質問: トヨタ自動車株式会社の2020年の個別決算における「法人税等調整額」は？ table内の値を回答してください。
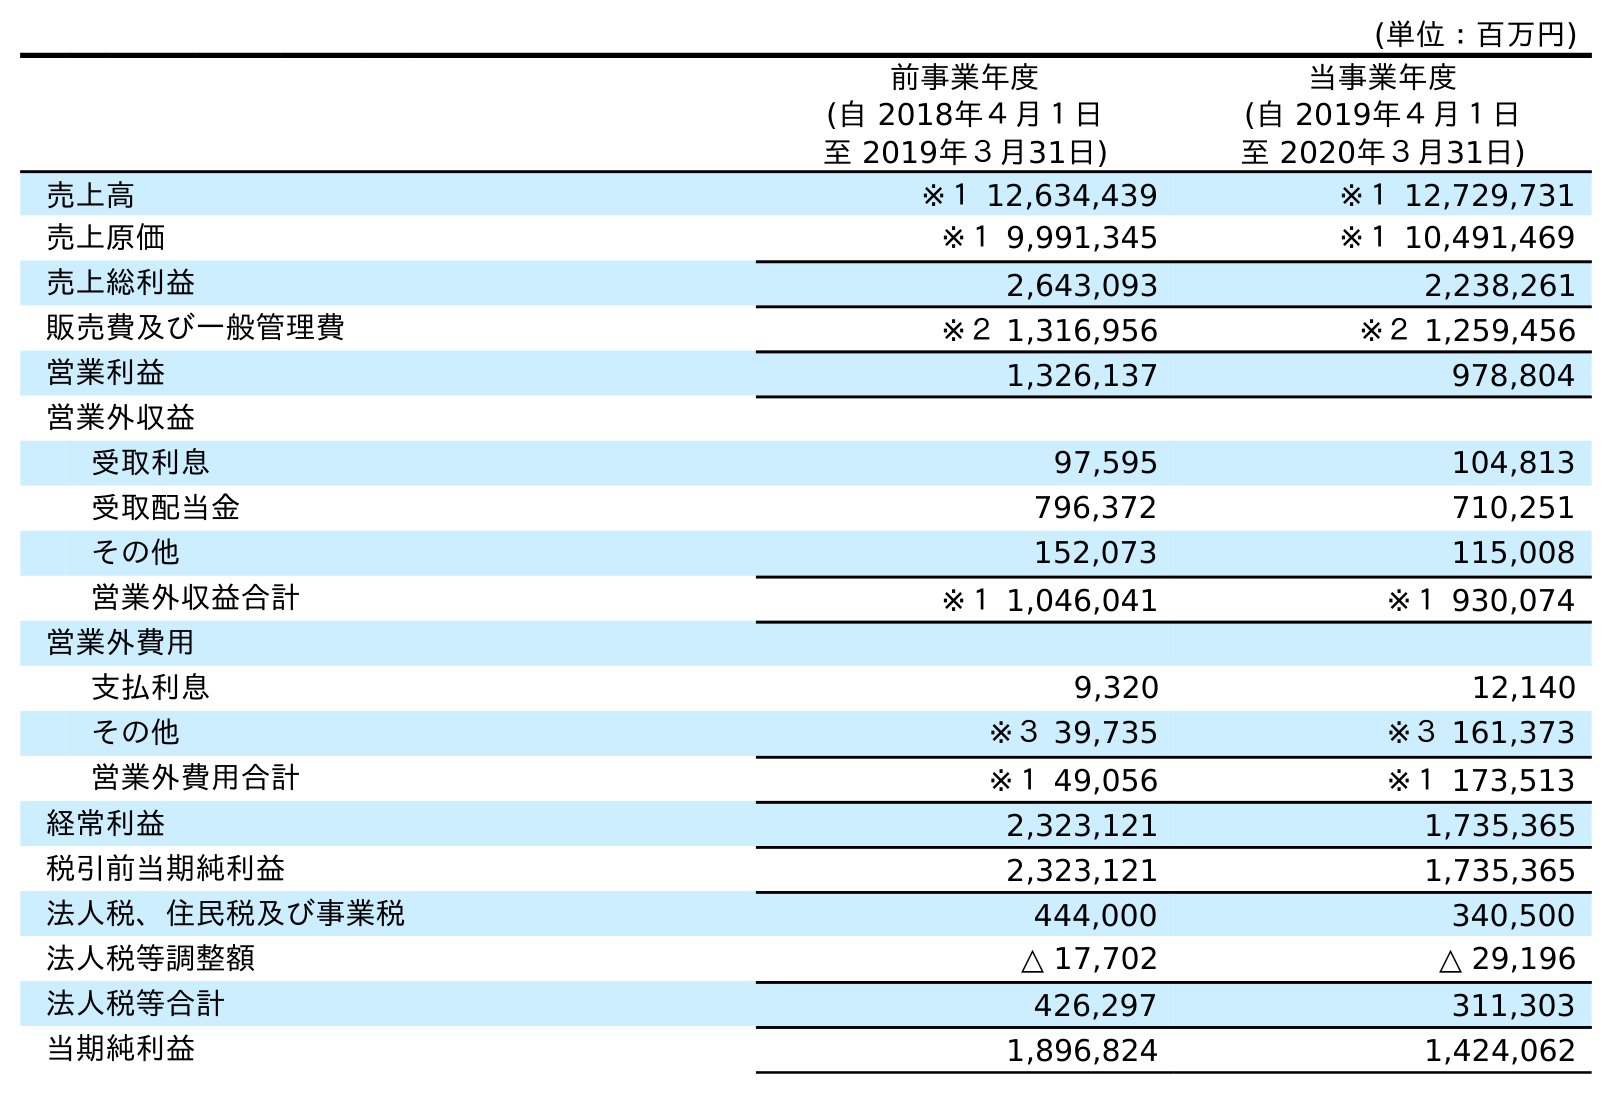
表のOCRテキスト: (単位：百万円) 前事業年度 (自 2018年４月１日 至 2019年３月31日) 当事業年度 (自 2019年４月１日 至 2020年３月31日) 売上高 ※１ 12,634,439 ※１ 12,729,731 売上原価 ※１ 9,991,345 ※１ 10,491,469 売上総利益 2,643,093 2,238,261 販売費及び一般管理費 ※２ 1,316,956 ※２ 1,259,456 営業利益 1,326,137 978,804 営業外収益 受取利息 97,595 104,813 受取配当金 796,372 710,251 その他 152,073 115,008 営業外収益合計 ※１ 1,046,041 ※１ 930,074 営業外費用 支払利息 9,320 12,140 その他 ※３ 39,735 ※３ 161,373 営業外費用合計 ※１ 49,056 ※１ 173,513 経常利益 2,323,121 1,735,365 税引前当期純利益 2,323,121 1,735,365 法人税、住民税及び事業税 444,000 340,500 法人税等調整額 △ 17,702 △ 29,196 法人税等合計 426,297 311,303 当期純利益 1,896,824 1,424,062
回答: △29,196